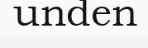
unden